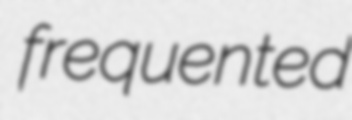
frequented